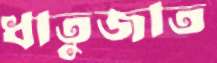
ধাতুজাত